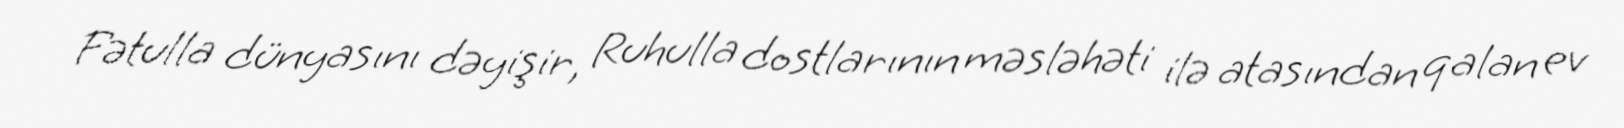
Fətulla dünyasını dəyişir, Ruhulla dostlarının məsləhəti ilə atasından qalan ev